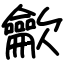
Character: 龡